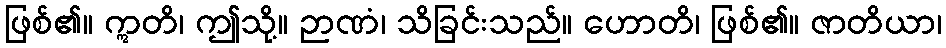
ဖြစ်၏။ ဣတိ၊ ဤသို့။ ဉာဏံ၊ သိခြင်းသည်။ ဟောတိ၊ ဖြစ်၏။ ဇာတိယာ၊